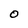
Character: O